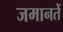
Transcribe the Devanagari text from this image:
जमानतें